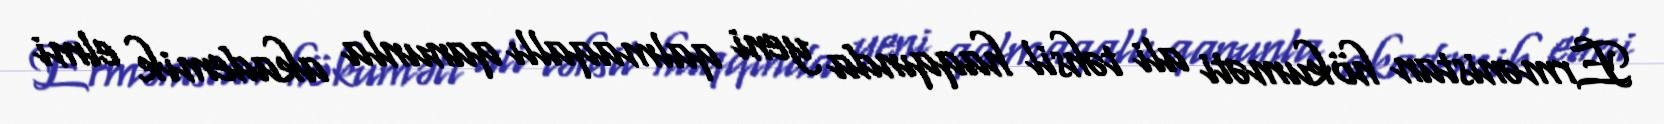
Ermənistan hökuməti ali təhsil haqqında yeni qalmaqallı qanunla akademik elmi